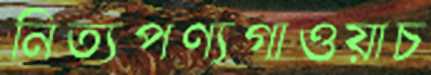
নিত্যপণ্যগাওয়াচ